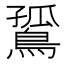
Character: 𪂲